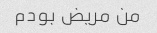
من مریض بودم